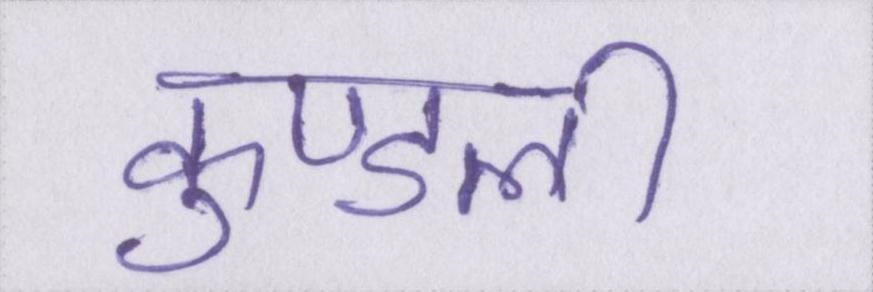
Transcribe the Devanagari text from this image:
कुण्डली